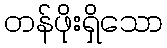
တန်ဖိုးရှိသော